Scottish Certificate of Education, 1963
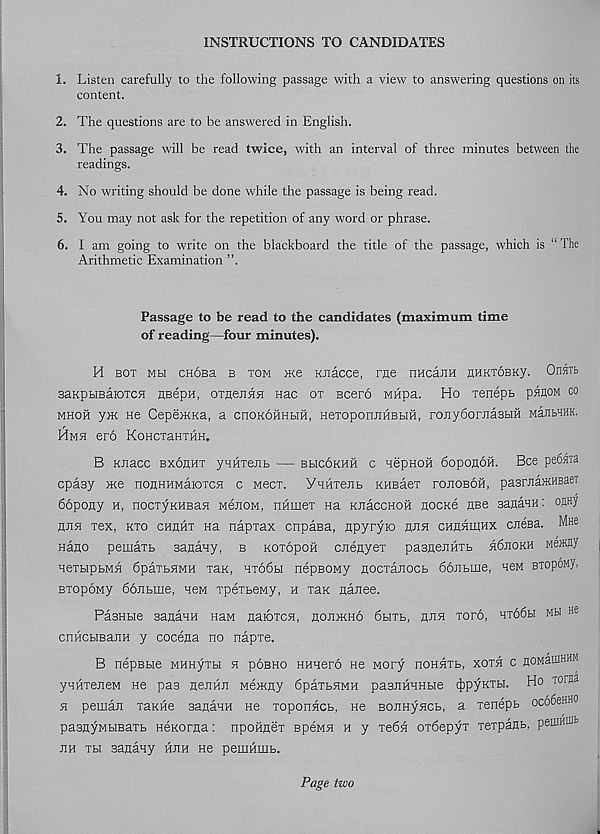
INSTRUCTIONS TO CANDIDATES
1. Listen carefully to the following passage with a view to answering questions on its
content.
2. The questions are to be answered in English.
3. The passage will be read twice, with an interval of three minutes between the
readings.
4. No writing should be done while the passage is being read.
5. You may not ask for the repetition of any word or phrase.
6. I am going to write on the blackboard the title of the passage, which is “ The
Arithmetic Examination ”.
Passage to be read to the candidates (maximum time
of reading—four minutes).
H box mh cnosa b tom Hte KJiacce, rne nucanH hhktoeky. Onatb
saKpbiBaioTCH HBepH, oxnejiHH Mac ox scero MHpa. Ho xenept panoM co
mhoh yat He CepemKa, a cnoKOHHbra, HexoponnHBbiH, roJiySornasHH MaJMHK.
Hmh ero KoHcxaHXHH.
B KJiacc bxohht yHHxeJib — bhcokhh c nepHOH 6opon6H. Bee pe6aia
epasy me nonEHMatoxcH c Mecx. YaHTeitb KHBaex ronoBofi, pasruamHEaer
66pony h, nocxyKHBan MenoM, nHinex na KJiaccHOH nocKe use sanaHH: owy
ansi xex, kto chuht Ha napxax enpasa, npyryK) huh chhhikhx cneBa. Mne
nano pemaxt sanany, b Koxopon cneHyex pasneuHTb h6jiokh
nexbipbMH 6paxbHMH xaK, ht66h nepBOwy nocxaiiocb 66Hbme, hcm BTOpoMy,
BxopoMy 66nbme, HeM xpexbeMy, h xax aanee.
PasHbie sananH Haw natoxcH, nonmno 6biTb, hhh xoro, htoSh mbi ne
cnHCbiBatiH y cocena no napxe.
B nepBbie MHHyxbi a pobho HHHero He wory noHHTb, xoth c noMauiHHM
ynHxejieM He paa nenHJi Memgy 6paxbHMH pasHHHHbie (jDpyKXbi. Ho toraa
h pemaJi xaKHe sanaHH He xoponacb, He BOUHyacb, a xenepb oc66eHH0
pasHyMbiBaxb neKorna: npofinex BpeMH h y xe6H oxdepyx xexpaHb, pefflHia=
hh xbi sanany hjih hc pemHiub.
Page two